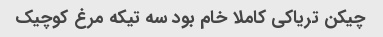
چیکن تریاکی کاملا خام بود سه تیکه مرغ کوچیک